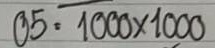
05 = 1000x100